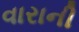
વારાની